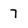
Character: 7